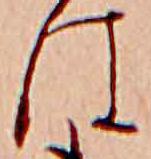
は